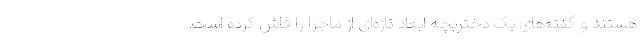
هستند و گفته‌های یک دختربچه ابعاد تازه‌ای از ماجرا را فاش کرده است.